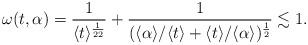
LaTeX: \begin{align*}\omega(t,\alpha) = \frac{1}{\langle t \rangle^{\frac{1}{22}}} + \frac{1}{(\langle \alpha\rangle/\langle t \rangle + \langle t\rangle /\langle \alpha\rangle)^\frac12} \lesssim 1. \end{align*}